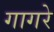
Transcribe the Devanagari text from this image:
गागरे